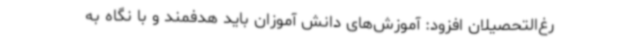
رغ‌التحصیلان افزود: آموزش‌های دانش آموزان باید هدفمند و با نگاه به